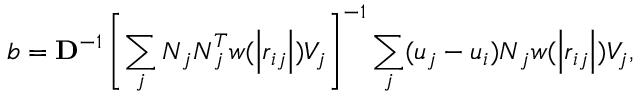
\boldsymbol { b } = \mathbf { D } ^ { - 1 } \left[ \sum _ { j } \boldsymbol { N } _ { j } \boldsymbol { N } _ { j } ^ { T } w ( \left| \boldsymbol { r } _ { i j } \right| ) V _ { j } \right] ^ { - 1 } \sum _ { j } ( u _ { j } - u _ { i } ) \boldsymbol { N } _ { j } w ( \left| \boldsymbol { r } _ { i j } \right| ) V _ { j } ,